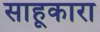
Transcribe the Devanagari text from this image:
साहूकारा